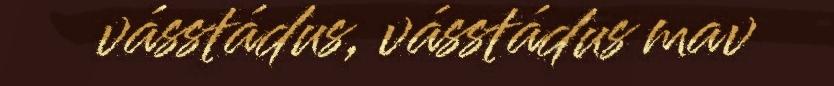
vásstádus, vásstádus mav